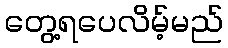
တွေ့ရပေလိမ့်မည်